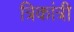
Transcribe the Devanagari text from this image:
त्रिकांत्री